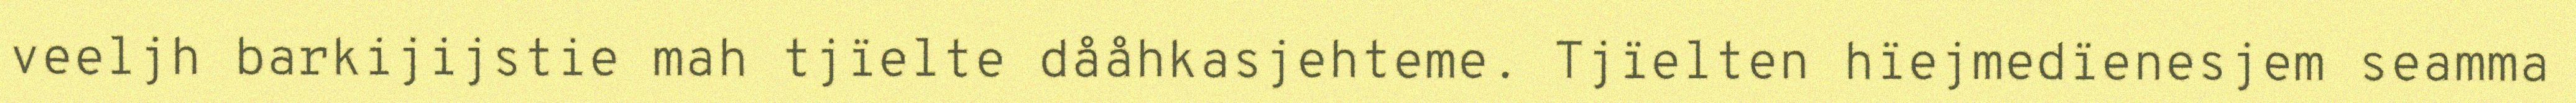
veeljh barkijijstie mah tjïelte dååhkasjehteme. Tjïelten hïejmedïenesjem seamma